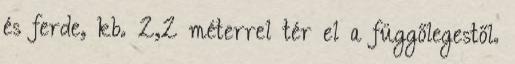
és ferde, kb. 2,2 méterrel tér el a függőlegestől.